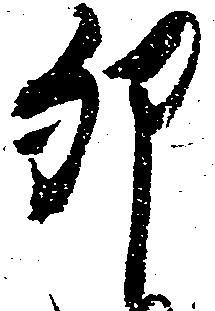
卯